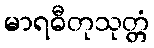
မာရဓီတုသုတ္တံ